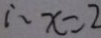
\therefore x = 2